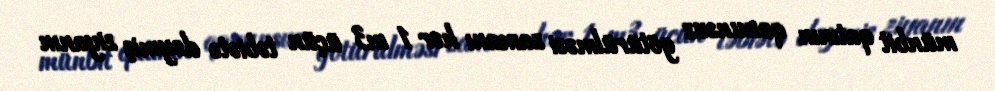
münbit qatının qanunsuz götürülməsi zamanı hər 1 m3 üçün təbiətə dəymiş ziyanın